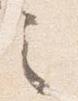
之